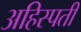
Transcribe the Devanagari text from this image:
अहिस्पती